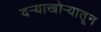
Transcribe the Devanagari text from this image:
दर्‍याखोर्‍यातून